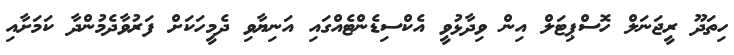
ހިތަދޫ ރީޖަނަލް ހޮސްޕިޓަލް އިން ވިދާޅުވީ އެކްސިޑެންޓެއްގައި އަނިޔާވި ދެމީހަކަށް ފަރުވާދެމުންދާ ކަމަށާއި